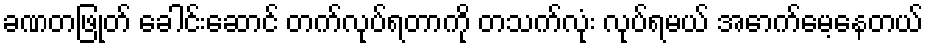
ခဏတဖြုတ် ခေါင်းဆောင် တက်လုပ်ရတာကို တသက်လုံး လုပ်ရမယ် အောက်မေ့နေတယ်